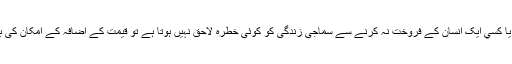
ورنہ اگر دوسرے بےچنے والے شرےف افراد موجود ہيں يا کسي ايک انسان کے فروخت نہ کرنے سے سماجى زندگى کو کوئى خطرہ لاحق نہيں ہوتا ہے تو قيمت کے اضافہ کے امکان کى بنا پر مال کو روک کر رکھنا مطلق طور پر حرام نہيں ہے۔